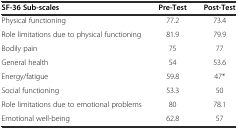
| SF-36 Sub-scales | Pre-Test | Post-Test |
 | --- | --- | --- |
 | Physical functioning | 77.2 | 73.4 |
 | Role limitations due to physical functioning | 81.9 | 79.9 |
 | Bodily pain | 75 | 77 |
 | General health | 54 | 53.6 |
 | Energy/fatigue | 59.8 | 47* |
 | Social functioning | 53.3 | 50 |
 | Role limitations due to emotional problems | 80 | 78.1 |
 | Emotional well-being | 62.8 | 57 |